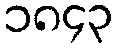
၁၈၄၃